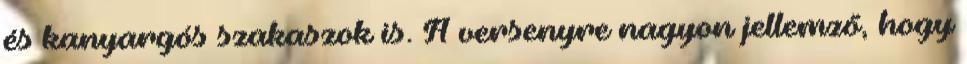
és kanyargós szakaszok is. A versenyre nagyon jellemző, hogy